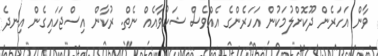
ވާން އަހަރެން ދޫކޮށްލުމަކުން އަހަރެންގެ އެއްވެސް ޝަކުވާއެއް ނެތް. ރުކާން އިސްޖަހައިގެން އިނދެ